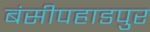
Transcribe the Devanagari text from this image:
बंसीपहाडपुर